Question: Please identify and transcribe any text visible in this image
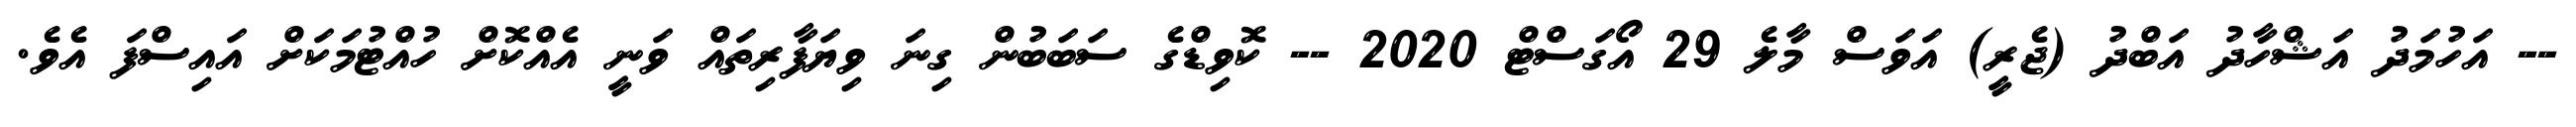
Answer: -- އަހުމަދު އަޝްހާދު އަބްދު (ޖެރީ) އަވަސް މާލެ 29 އޯގަސްޓް 2020 -- ކޮވިޑްގެ ސަބަބުން ގިނަ ވިޔަފާރިތައް ވަނީ އެއްކޮށް ހުއްޓުމަކަށް އައިސްފަ އެވެ.